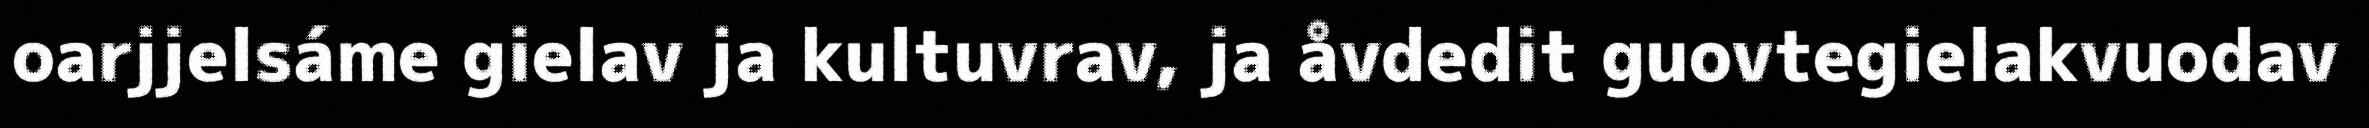
oarjjelsáme gielav ja kultuvrav, ja åvdedit guovtegielakvuodav